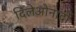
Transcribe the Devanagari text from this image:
दिलेओनार्दो